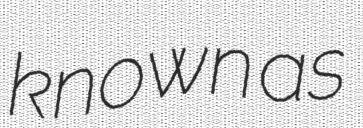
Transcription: known as